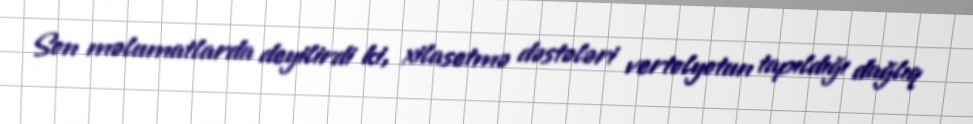
Son məlumatlarda deyilirdi ki, xilasetmə dəstələri vertolyotun tapıldığı dağlıq